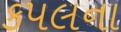
કપલના